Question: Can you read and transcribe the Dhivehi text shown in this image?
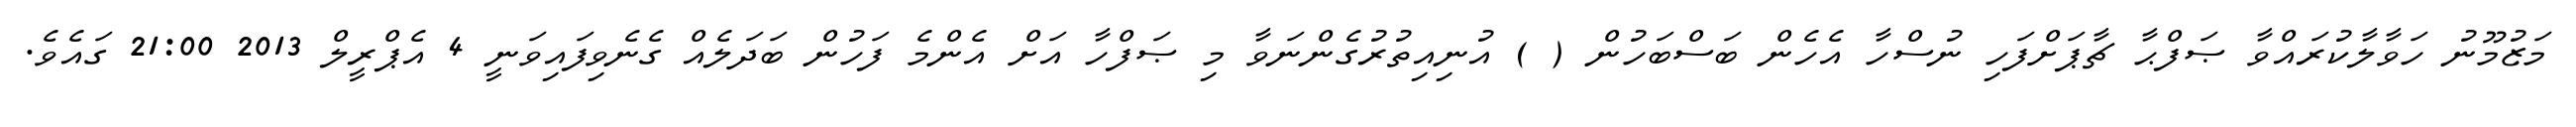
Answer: މަޒުމޫނު ހަވާލާކުރައްވާ ޞަފްޙާ ޗާޕަށްފަހި ނުސްހާ އެހެން ބަސްބަހުން ( ) އުނިއިތުރުގެންނަވާ މި ޞަފްހާ އަށް އެންމެ ފަހުން ބަދަލެއް ގެނެވިފައިވަނީ 4 އެޕްރީލް 2013 21:00 ގައެވެ.